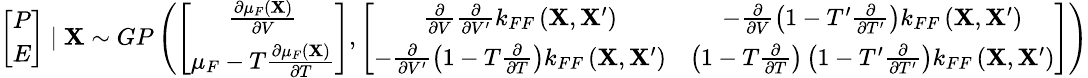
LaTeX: \small\left[\begin{array}{cc}{P}\\ {E}\end{array}\right]\mid\mathbf{X}\sim GP\left(\left[\begin{array}{cc}{\frac{\partial\mu_{F}\left(\mathbf{X}\right)}{\partial V}}\\ {\mu_{F}-T\frac{\partial\mu_{F}\left(\mathbf{X}\right)}{\partial T}}\end{array}\right],\left[\begin{array}{cc}{\frac{\partial}{\partial V}\frac{\partial}{\partial V^{\prime}}k_{FF}\left(\mathbf{X},\mathbf{X}^{\prime}\right)}&{-\frac{\partial}{\partial V}\left(1-T^{\prime}\frac{\partial}{\partial T^{\prime}}\right)k_{FF}\left(\mathbf{X},\mathbf{X}^{\prime}\right)}\\ {-\frac{\partial}{\partial V^{\prime}}\left(1-T\frac{\partial}{\partial T}\right)k_{FF}\left(\mathbf{X},\mathbf{X}^{\prime}\right)}&{\left(1-T\frac{\partial}{\partial T}\right)\left(1-T^{\prime}\frac{\partial}{\partial T^{\prime}}\right)k_{FF}\left(\mathbf{X},\mathbf{X}^{\prime}\right)}\end{array}\right]\right)